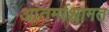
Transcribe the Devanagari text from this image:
आंतर्माशागत